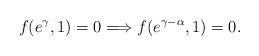
LaTeX: \begin{align*}f(e^{\gamma},1)=0\Longrightarrow f(e^{\gamma-\alpha},1)=0.\end{align*}